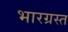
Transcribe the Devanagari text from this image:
भारग्रस्त